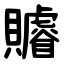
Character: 䞊